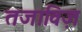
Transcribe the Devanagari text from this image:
तजाविज़